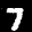
Label: 7